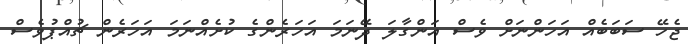
ޖެހޭ ސަބަބެއް އަހަންނަށް ވެސް އަންގާލަ ދޭނަމަ އަހަރެންގެ ކުށެއްނަމަ އަހަރެން ޗުއްޕުވެސް